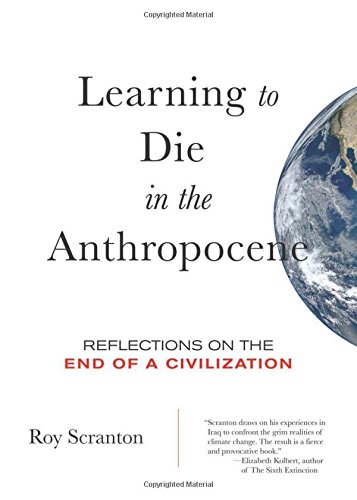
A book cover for Learning to Die in the Anthropocene: Reflections on the End of a Civilization (City Lights Open Media); Roy Scranton; Science & Math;